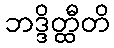
ဘဒ္ဒိတ္ထီတိ